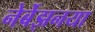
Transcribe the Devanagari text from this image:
नेर्बेझनया